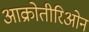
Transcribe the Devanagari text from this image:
आक्रोतीरिओन